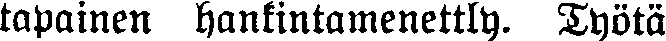
tapainen hankintamenettly. Työtä